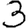
Digit: 3